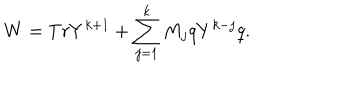
W = T r Y ^ { k + 1 } + \sum _ { j = 1 } ^ { k } M _ { j } q Y ^ { k - j } q .